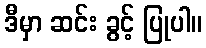
ဒီမှာ ဆင်း ခွင့် ပြုပါ။